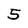
Character: 5